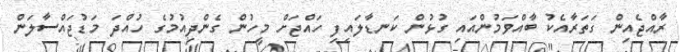
ރާއްޖެއިން ގަތަރާއެކު ބާއްވަމުންއައި ގުޅުން ކަނޑާލައިފި ހައްްޖަށް މީހުން ގެންދިއުމުގެ ހުއްދަ މަޑުޖައްސާލަން